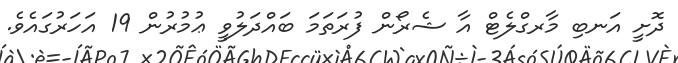
ދޮށީ އަނބި މާރގްލެޓް އާ ޝެރޯން ފުރަތަމަ ބައްދަލުވީ ޢުމުރުން 19 އަހަރުގައެވެ.